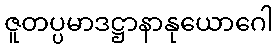
ဇူတပ္ပမာဒဋ္ဌာနာနုယောဂေါ